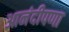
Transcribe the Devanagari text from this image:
आनंदीपणा